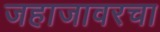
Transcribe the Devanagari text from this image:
जहाजावरचा